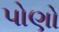
પોણો